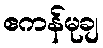
ဧကန်မုချ